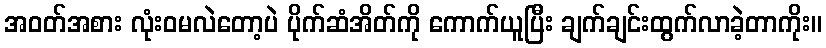
အဝတ်အစား လုံးဝမလဲတော့ပဲ ပိုက်ဆံအိတ်ကို ကောက်ယူပြီး ချက်ချင်းထွက်လာခဲ့တာကိုး။